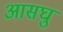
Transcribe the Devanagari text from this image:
आसघु